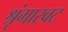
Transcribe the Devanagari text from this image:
श्रृंगारवट